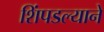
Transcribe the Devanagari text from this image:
शिंपडल्याने